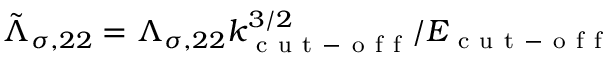
\tilde { \Lambda } _ { \sigma , 2 2 } = \Lambda _ { \sigma , 2 2 } k _ { \mathrm { ~ c ~ u ~ t ~ - ~ o ~ f ~ f ~ } } ^ { 3 / 2 } / E _ { \mathrm { ~ c ~ u ~ t ~ - ~ o ~ f ~ f ~ } }